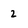
Character: 2